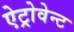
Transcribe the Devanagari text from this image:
ऐट्रोवेन्ट